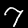
Digit: 7